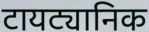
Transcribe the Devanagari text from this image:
टायट्यानिक